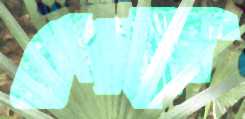
ঠেকাইবি